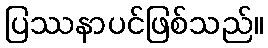
ပြဿနာပင်ဖြစ်သည်။